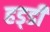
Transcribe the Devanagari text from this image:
हड्‍डी